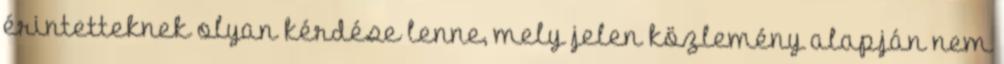
érintetteknek olyan kérdése lenne, mely jelen közlemény alapján nem